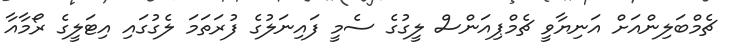
ޗެމްބަލިންއަށް އަނިޔާވީ ޗެމްޕިއަންސް ލީގުގެ ސެމީ ފައިނަލުގެ ފުރަތަމަ ލެގުގައި އިޓަލީގެ ރޯމާއާ